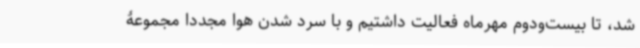
شد، تا بیست‌ودوم مهرماه فعالیت داشتیم و با سرد شدن هوا مجدداً مجموعۀ